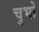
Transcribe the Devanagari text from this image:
चुभो